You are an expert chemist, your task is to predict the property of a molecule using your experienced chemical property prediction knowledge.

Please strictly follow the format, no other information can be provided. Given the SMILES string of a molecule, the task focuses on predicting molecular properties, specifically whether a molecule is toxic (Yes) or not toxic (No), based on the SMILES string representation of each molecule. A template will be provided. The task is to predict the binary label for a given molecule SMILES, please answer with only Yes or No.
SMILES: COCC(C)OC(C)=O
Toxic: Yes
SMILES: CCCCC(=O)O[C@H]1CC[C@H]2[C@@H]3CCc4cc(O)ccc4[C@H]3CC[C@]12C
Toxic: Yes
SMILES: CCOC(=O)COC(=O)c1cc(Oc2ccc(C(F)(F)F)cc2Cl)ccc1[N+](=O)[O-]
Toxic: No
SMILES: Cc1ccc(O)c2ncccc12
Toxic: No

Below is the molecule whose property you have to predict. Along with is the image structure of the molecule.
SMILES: O=P(O)(Oc1ccccc1)Oc1ccccc1
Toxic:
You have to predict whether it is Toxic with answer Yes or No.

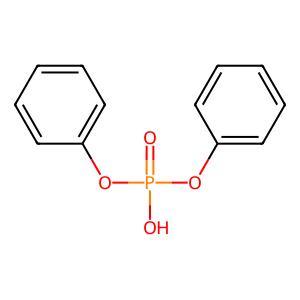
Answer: No